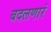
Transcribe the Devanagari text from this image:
बदलणारं